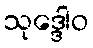
သုဒ္ဒေါဝ